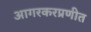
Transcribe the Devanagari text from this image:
आगरकरप्रणीत